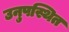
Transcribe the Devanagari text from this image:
उनुपस्थित